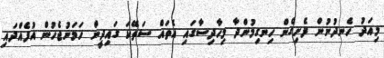
މިއަދު ހެނދުނުން ފެށިގެން ހިނގިމުންދާ މިހާދިސާގައި އެތައް ސަތޭކަ ގައިދީން ހަމަނުޖެހުން އުފެއްދައި